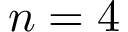
n = 4